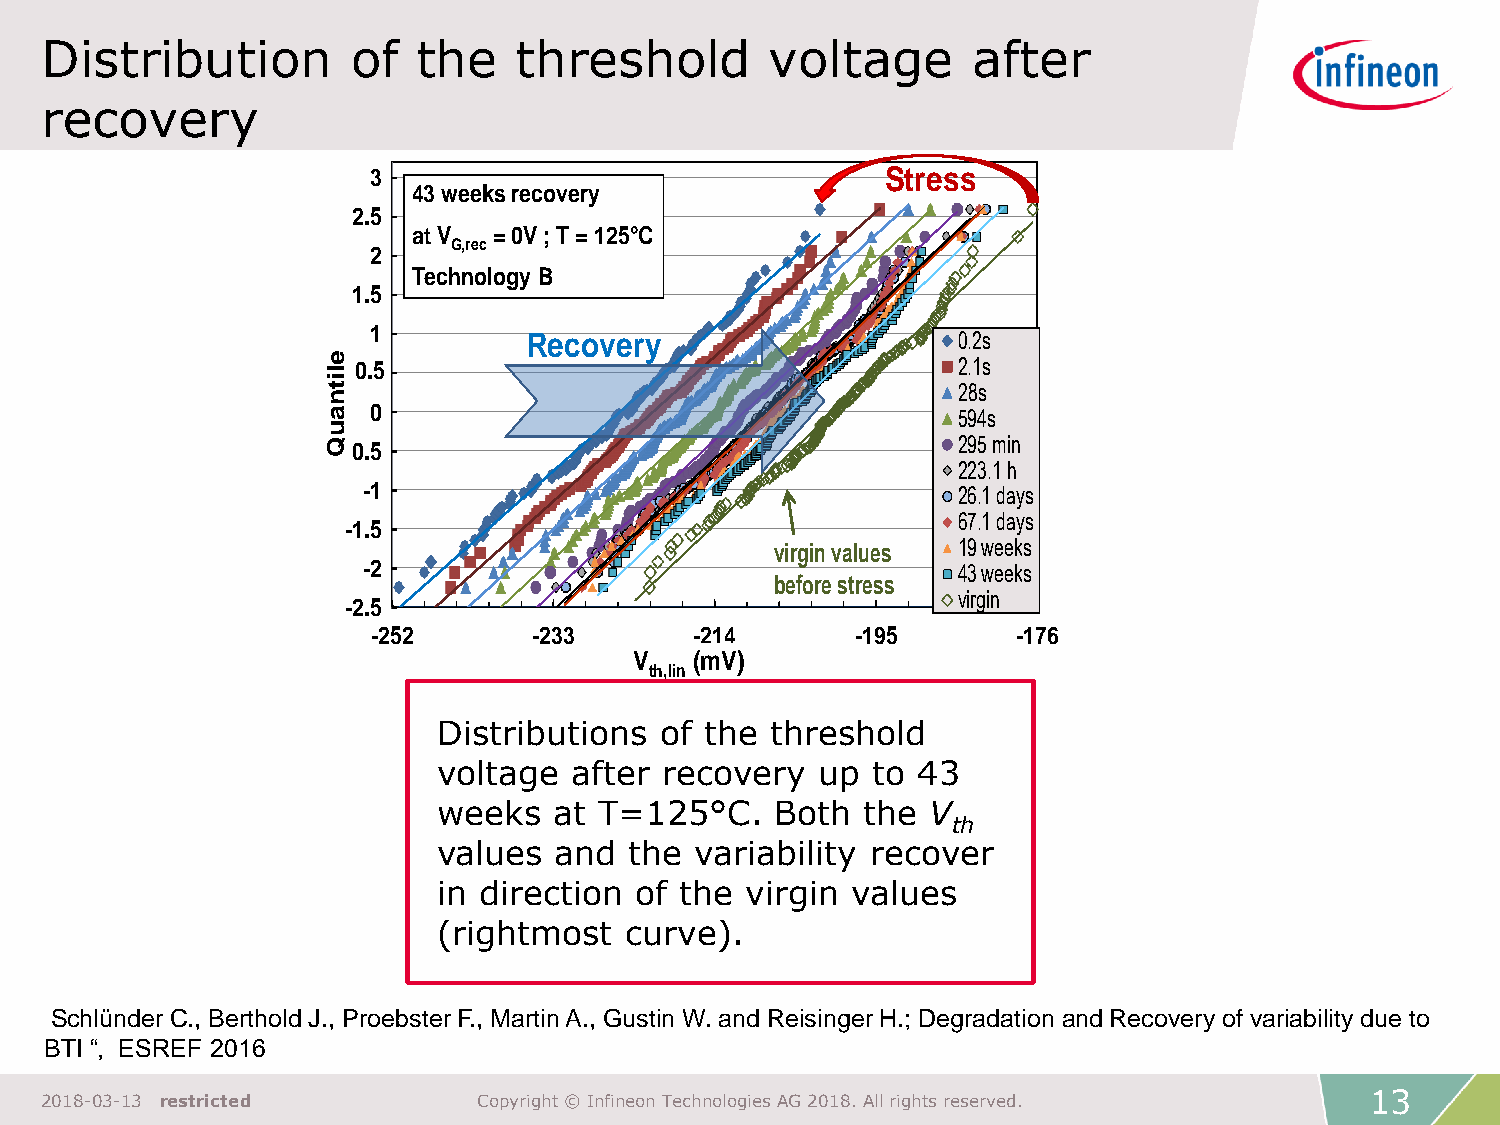
Distribution        of   the   threshold        voltage      after
 recovery
 3                                 Stress
 43 weeksrecovery
 2.5
 at V  = 0V ; T = 125 C
 G,rec
 2
 Technology B
 1.5
 1
 Recovery                    0.2s
 e l0.5                                   2.1s
 i
 t                                        28s
 n
 a  0                                     594s
 u
 Q0.5                                     295 min
 223.1 h
 -1                                     26.1 days
 67.1 days
 -1.5
 virginvalues 19 weeks
 -2                                     43 weeks
 before stress
 virgin
 -2.5
 -252      -233       -214       -195      -176
 V   (mV)
 th,lin
 Distributions  of the threshold
 voltage  after recovery  up  to 43
 weeks   at T=125°C.   Both  the V
 th
 values  and  the variability recover
 in direction of the virgin values
 (rightmost  curve).
 Schlünder C., Berthold J., Proebster F., Martin A., Gustin W. and Reisinger H.; Degradation and Recovery of variability due to
 BTI “, ESREF 2016
 13
 2018-03-13 restricted        Copyright © Infineon Technologies AG 2018. All rights reserved.